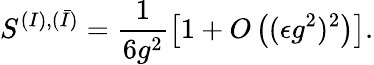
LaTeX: S^{(I),(\bar{I})}=\frac{1}{6g^{2}}\left[1+O\left((\epsilon g^{2})^{2}\right)\right].